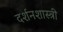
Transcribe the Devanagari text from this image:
दर्शनशास्‍त्री